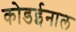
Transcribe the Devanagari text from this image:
कोडईनाल